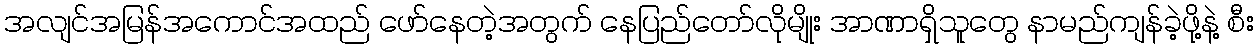
အလျင်အမြန်အကောင်အထည် ဖော်နေတဲ့အတွက် နေပြည်တော်လိုမျိုး အာဏာရှိသူတွေ နာမည်ကျန်ခဲ့ဖို့နဲ့ စီး